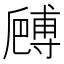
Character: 𠪻